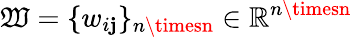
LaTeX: \mathfrak{W}=\{ w_{i\mathbf{j}}\} _{n\timesn}\in\mathbb{{R}}^{n\timesn}